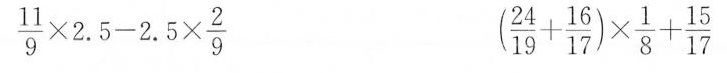
\frac{11}{9}\times2.5-2.5\times\frac{2}{9} (\frac{24}{19}+\frac{16}{17})\times\frac{1}{8}+\frac{15}{17}